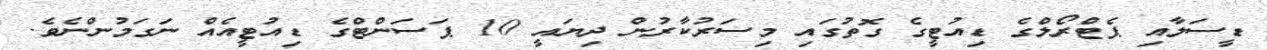
ޑީސަލާއި ޕެޓްރޯލްގެ ޑިއުޓީގެ ގޮތުގައި މިސަރުކާރުން ދިޔައީ 10 ޕަސަންޓްގެ ޑިއުޓީއެއް ނަގަމުންނެވެ.